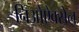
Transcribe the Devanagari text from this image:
निओऐक्सेल